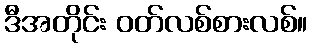
ဒီအတိုင်း ဝတ်လစ်စားလစ်။